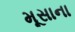
મૂસાના